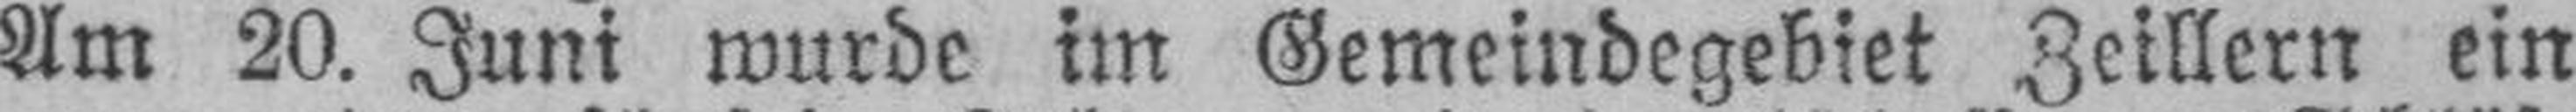
Am 20. Juni wurde im Gemeindegebiet Zeillern ein